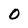
Character: 0